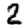
Digit: 2